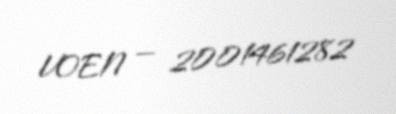
VOEN — 2001461282